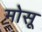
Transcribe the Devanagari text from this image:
मोसू